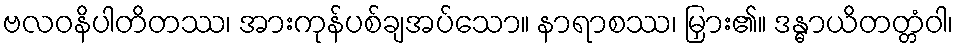
ဗလဝနိပါတိတဿ၊ အားကုန်ပစ်ချအပ်သော။ နာရာစဿ၊ မြှား၏။ ဒန္ဓာယိတတ္တံဝါ၊